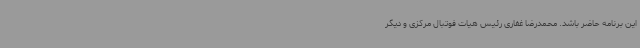
این برنامه حاضر باشد. محمدرضا غفاری رئیس هیات فوتبال مرکزی و دیگر